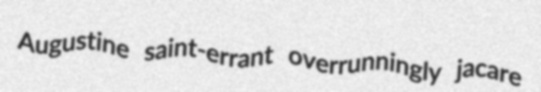
Augustine saint-errant overrunningly jacare